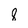
Character: 8